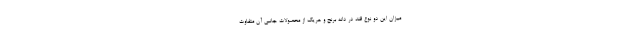
میزان این دو نوع قند در دانه برنج و هریک از محصولات جانبی آن متفاوت